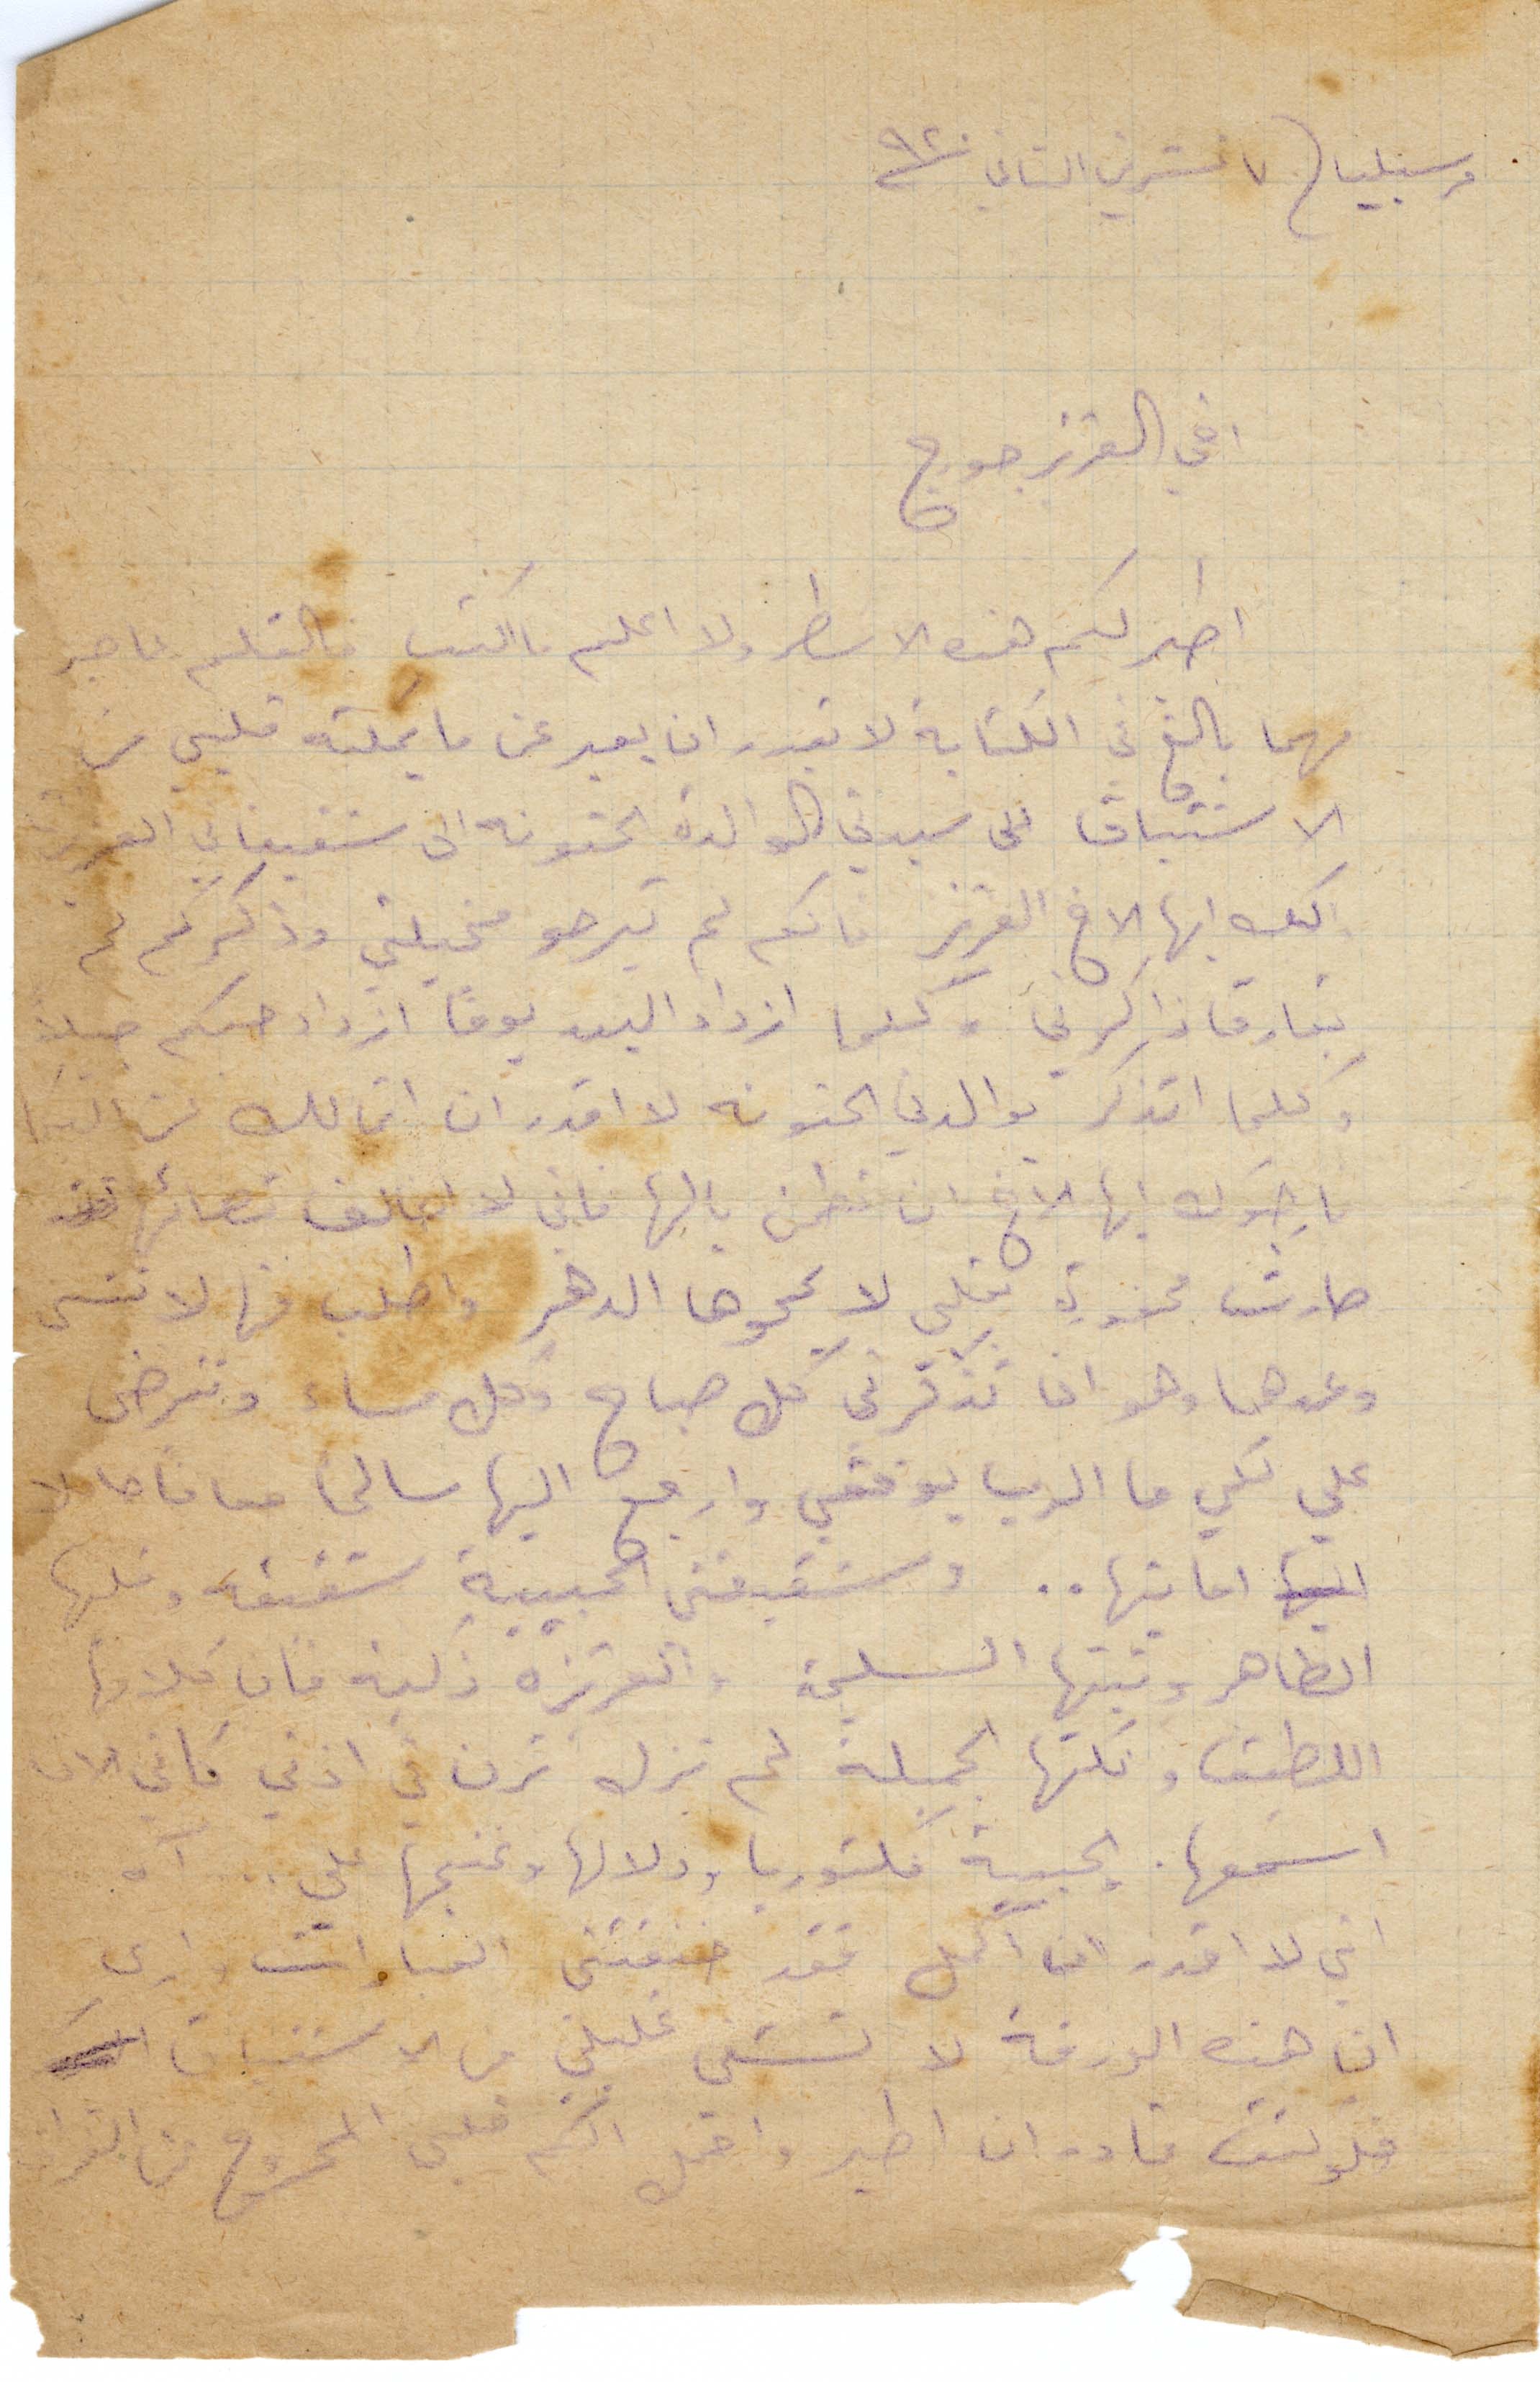
مرسيليا ٧ تشرين الثاني ١٩٢٠
اخي العزيز جورج
اطير لكم هذه الاسطر ولا اعلم ما اكتب فالقلم عاجز
مهما بالغ في الكتابة لا يقدر ان يعبر عن ما يملكه قلبي من
الاشتياق الى سيدتي الوالدة الحنونة الى شقيقاتي العز
اكتاب أيها الأخ العزيز فانكم لم تيرحو مخيلتي وذكركم لم
يفارق ذاكرتي ولكما ازداد البين يومًا ازداد حبكم حبًا
وكلما أتذكر والدتي الحنونة لا اقدر ان اتمالك عن البكاء
ارجوك أيها الأخ ان تطمن بالها فاني لا اخالف نصائحها
صارت محفورة بقلبي لا يمحوها الدهر واطلب منها لا تنسى
وعدها وهو ان تذكرني كل صباح وكل مساء وتترضى
على لكي ما الرب يوفقني وارجع اليها سالمًا معافًا لا
احايتها.. وشقيقتي الحبيبة شفيقة وقلبها
الطاهر ونيتها السليمة والعزيزة ذكية فان كلامها
اللطيف ونكتها الجميلة لم تزل ترن في اذني فاني الان
اسمعها والحبيبة فكتوريا ودلالها وغنجها علي... آه
اني لا اقدر ان اكمل فقد خنقتني العبارات وارى
ان هذه الورقة لا تشفي غليلي من الاشتياق
فلو كنت قادر ان اطير واقبل لكم من قلبي المجروح من الفراق